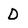
Character: D